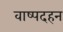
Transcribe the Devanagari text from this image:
वाष्पदहन